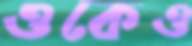
ওকেও